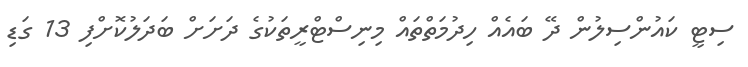
ސިޓީ ކައުންސިލުން ދޭ ބައެއް ހިދުމަތްތައް މިނިސްޓްރީތަކުގެ ދަށަށް ބަދަލުކޮށްފި 13 ގަޑި